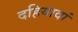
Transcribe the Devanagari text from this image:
दहियावां